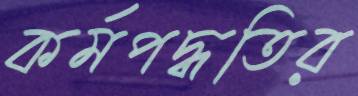
কর্মপদ্ধতির